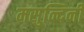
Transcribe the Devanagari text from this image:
मसुन्दिनी